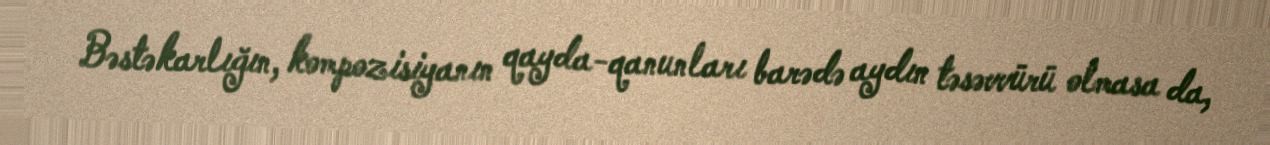
Bəstəkarlığın, kompozisiyanın qayda-qanunları barədə aydın təsəvvürü olmasa da,